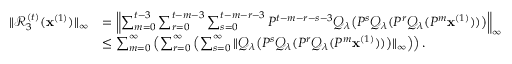
\begin{array} { r l } { \| \mathcal { R } _ { 3 } ^ { ( t ) } ( \mathbf { x } ^ { ( 1 ) } ) \| _ { \infty } } & { = \left\| \sum _ { m = 0 } ^ { t - 3 } \sum _ { r = 0 } ^ { t - m - 3 } \sum _ { s = 0 } ^ { t - m - r - 3 } P ^ { t - m - r - s - 3 } \mathcal { Q } _ { \lambda } \big ( P ^ { s } \mathcal { Q } _ { \lambda } ( P ^ { r } \mathcal { Q } _ { \lambda } ( P ^ { m } \mathbf { x } ^ { ( 1 ) } ) ) \big ) \right\| _ { \infty } } \\ & { \leq \sum _ { m = 0 } ^ { \infty } \left( \sum _ { r = 0 } ^ { \infty } \left( \sum _ { s = 0 } ^ { \infty } \| \mathcal { Q } _ { \lambda } \big ( P ^ { s } \mathcal { Q } _ { \lambda } ( P ^ { r } \mathcal { Q } _ { \lambda } ( P ^ { m } \mathbf { x } ^ { ( 1 ) } ) ) \big ) \| _ { \infty } \right) \right) . } \end{array}